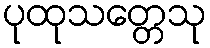
ပုထုသတ္တေသု